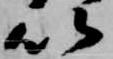
以